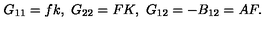
G _ { 1 1 } = f k , \ G _ { 2 2 } = F K , \ G _ { 1 2 } = - B _ { 1 2 } = A F .